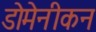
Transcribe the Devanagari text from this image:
डोमेनीकन